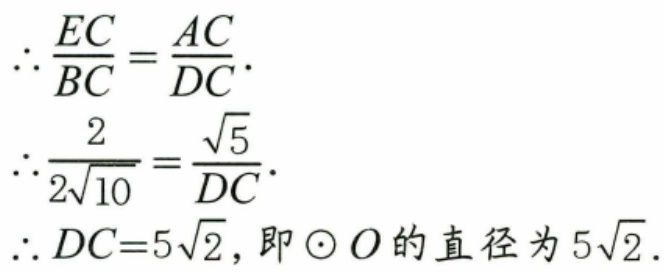
\[
\begin{align*}
\therefore\frac{EC}{BC}&=\frac{AC}{DC}.\\
\therefore\frac{2}{2\sqrt{10}}&=\frac{\sqrt{5}}{DC}.\\
\therefore DC& = 5\sqrt{2},\text{ 即}\odot O\text{ 的直径为 }5\sqrt{2}.
\end{align*}
\]